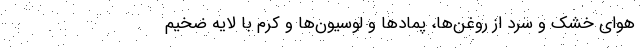
هوای خشک و سرد از روغن‌ها، پمادها و لوسیون‌ها و کرم با لایه ضخیم